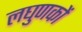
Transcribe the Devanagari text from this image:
लघुणकों